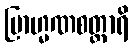
ဗြာဟ္မဏစတ္တာရိ